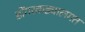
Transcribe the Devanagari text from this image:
डोंगरकड्यालगत